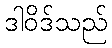
ဒါဝိဒ်သည်